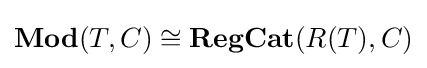
\mathbf {Mod} (T,C)\cong \mathbf {RegCat} (R(T),C)